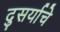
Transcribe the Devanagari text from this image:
दुसर्याचे